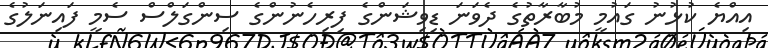
އިއްޔެ ކުޅުނު ގައުމީ މުބާރާތުގެ ދެވަނަ ޑިވިޝަންގެ ފިރިހެނުންގެ ސިންގަލްސް ސެމީ ފައިނަލުގެ